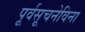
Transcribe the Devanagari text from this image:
पूर्वसूचनेविना